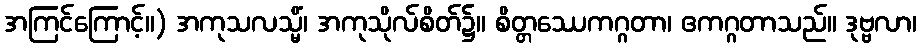
အကြင်ကြောင့်။) အကုသလသ္မိံ၊ အကုသိုလ်စိတ်၌။ စိတ္တဿေကဂ္ဂတာ၊ ဧကဂ္ဂတာသည်။ ဒုဗ္ဗလာ၊